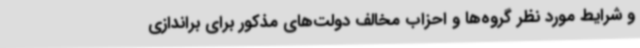
و شرایط مورد نظر گروه‌ها و احزاب مخالف دولت‌های مذکور برای براندازی